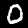
Label: 0